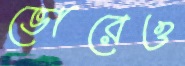
ভোরেও